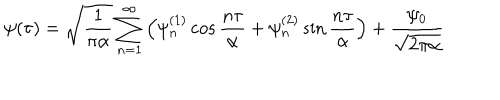
LaTeX: \psi ( \tau ) = \sqrt { \frac { 1 } { \pi \alpha } } \sum _ { n = 1 } ^ { \infty } \left( \psi _ { n } ^ { ( 1 ) } \cos { \frac { n \tau } { \alpha } } + \psi _ { n } ^ { ( 2 ) } \sin { \frac { n \tau } { \alpha } } \right) + { \frac { \psi _ { 0 } } { \sqrt { 2 \pi \alpha } } } ~ ~ ~